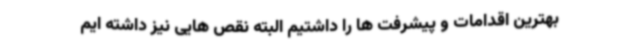
بهترین اقدامات و پیشرفت ها را داشتیم البته نقص هایی نیز داشته ایم